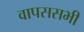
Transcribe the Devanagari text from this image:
वापससभी